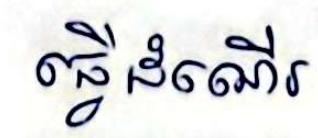
ធ្វើដំណើរ